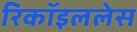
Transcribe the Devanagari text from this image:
रिकॉइललेस